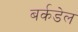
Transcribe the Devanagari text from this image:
बर्कडेल